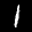
Label: 1